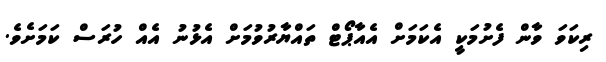
ރިކަވަ ވާން ފެށުމަކީ އެކަމަށް އެއާޕޯޓް ތައްޔާރުވުމަށް އެޅުނު އެއް ހުރަސް ކަމަށެވެ.